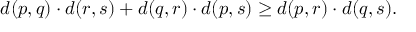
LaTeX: d ( p , q ) \cdot d ( r , s ) + d ( q , r ) \cdot d ( p , s ) \geq d ( p , r ) \cdot d ( q , s ) .